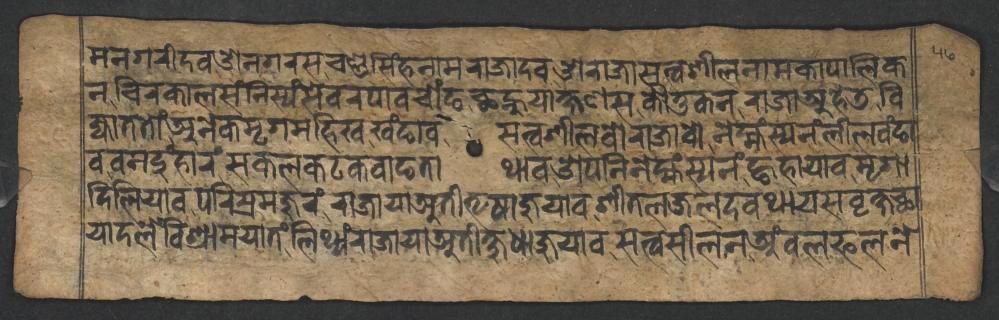
𑐩𑐣𑐐𑐬𑐷𑐡𑐰𑐌𑐣𑐐𑐬𑐳𑐔𑐞𑑂𑐜𑐳𑐶𑑄𑐴𑐣𑐵𑐩𑐬𑐵𑐖𑐵𑐡𑐰𑐌𑐬𑐵𑐖𑐵𑐳𑐟𑑂𑐰𑐱𑐷𑐮𑐣𑐵𑐩𑐎𑐵𑐥𑐵𑐮𑐶𑐎 𑐣𑐔𑐶𑐬𑐎𑐵𑐮𑐳𑑄𑐣𑐶𑐳𑑂𑐫𑑄𑐳𑐾𑐰𑐬𑐥𑐵𑐰𑐔𑑀𑑄𑐒𑐕𑐣𑑂𑐴𑐸𑐫𑐵𑐎𑑂𑐲𑐞𑐳𑐎𑑁𑐟𑐸𑐎𑐣𑐬𑐵𑐖𑐵𑐀𑐴𑐾𑐜𑐧𑐶 𑐖𑑂𑐫𑐵𑐟𑐟𑑀𑑄𑐀𑐣𑐾𑐎𑐩𑐺𑐐𑐩𑐴𑐶𑐏𑐏𑑄𑐒𑐵𑐰𑐳𑐟𑑂𑐰𑐱𑐷𑐮𑐰𑑀𑐬𑐵𑐖𑐵𑐰𑑀𑐣𑐾𑐴𑑂𑐩𑑂𑐴𑑄𑐳𑑂𑐫𑐣𑑄𑐮𑐷𑐮𑐰𑑄𑐒𑐵 𑐰𑐰𑐣𑐡𑐸𑑄𑐴𑐵𑐬𑑄𑐳𑐎𑐮𑐎𑐚𑐎𑐰𑐵𑐒𑐟𑐵𑐠𑐵𑐰𑐌𑐥𑐣𑐶𑐣𑐾𑐩𑑂𑐴𑑄𑐳𑑂𑐫𑐣𑑄𑐒𑑂𑐴𑐴𑐵𑐫𑐵𑐰𑐩𑐺𑐐𑐵 𑐡𑐶𑐮𑐶𑐫𑐵𑐰𑐥𑐬𑐶𑐳𑑂𑐬𑐩𑐖𑐸𑐬𑑄𑐬𑐵𑐖𑐵𑐫𑐵𑐀𑐟𑐷𑐨𑐺𑐲𑐵𑐖𑐸𑐫𑐵𑐰𑐱𑐷𑐟𑐮𑐖𑐮𑐡𑐰𑐠𑐵𑐫𑐳𑐰𑐺𑐎𑑂𑐲𑐕𑐵 𑐫𑐵𑐡𑐮𑐾𑑄𑐰𑐶𑐱𑑂𑐬𑐵𑐩𑐫𑐵𑐟𑑄𑐮𑐶𑐠𑑂𑐫𑑄𑐬𑐵𑐖𑐵𑐫𑐵𑐀𑐟𑐷𑐎𑑂𑐲𑐸𑐢𑐵𑐖𑐸𑐫𑐵𑐰𑐳𑐟𑑂𑐰𑐳𑐷𑐮𑐣𑐀𑑄𑐧𑐮𑐦𑐮𑐣𑐾